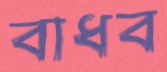
বাধব